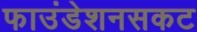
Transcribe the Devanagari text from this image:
फाउंडेशनसकट